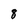
Character: 8